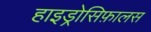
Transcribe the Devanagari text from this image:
हाइड्रोसिफ़ालस